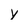
Character: y